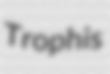
Trophis